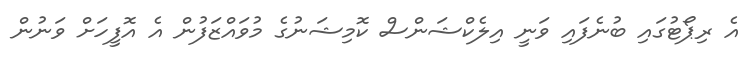
އެ ރިޕޯޓުގައި ބުނެފައި ވަނީ އިލެކްޝަންސް ކޮމިޝަނުގެ މުވައްޒަފުން އެ އޮފީހަށް ވަނުން